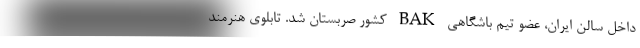
داخل سالن ایران، عضو تیم باشگاهی BAK کشور صربستان شد. تابلوی هنرمند